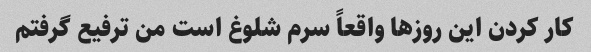
کار کردن این روزها واقعاً سرم شلوغ است من ترفیع گرفتم